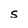
Character: s